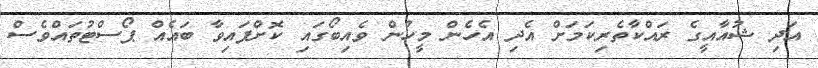
އަދި ޝުއާއީގެ ރައްކާތެރިކަމަށް އެދި އެހެން މީހުން ވެއިބޯގައި ކޮށްފައިވާ ބައެއް ޕޯސްޓުތައްވެސް